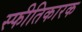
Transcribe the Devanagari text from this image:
स्फीतिकारक